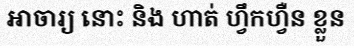
ឤចារ្យ នោះ និង ហាត់ ហ្វឹកហ្វឺន ខ្លួន